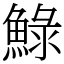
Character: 䱚